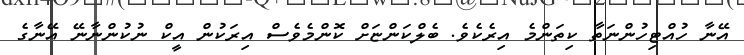
އޭނާ ހުއްޓިހުންނަތާ ކިތަންމެ އިރެކެވެ. ބެލްކަންޏަށް ކޮންމެވެސް އިރަކުން އީކް ނުކުންނާނޭ އޭނާގެ